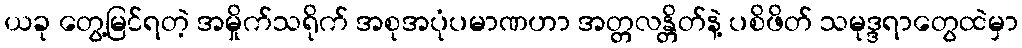
ယခု တွေ့မြင်ရတဲ့ အမှိုက်သရိုက် အစုအပုံပမာဏဟာ အတ္တလန္တိတ်နဲ့ ပစိဖိတ် သမုဒ္ဒရာတွေထဲမှာ